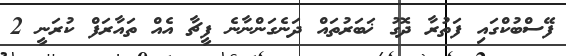
ފޭސްބުކްގައި ފަތުރާ ދޮގު ޚަބަރުތައް ދަނެގަންނާނެ ފީޗާ އެއް ތައާރަފް ކުރަނީ 2